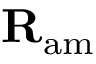
{ \bf R } _ { \mathrm { a m } }